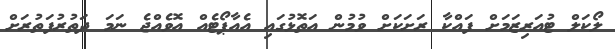
ލޯކަލް ޓުއަރިޒަމަށް ފައްކާ ރަށަކަށް ވުމުން އަތޮޅުގައި އެއާޕޯޓެއް އޮވެއްޖެ ނަމަ ދަތުރުފަތުރަށް